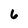
Character: 6